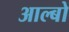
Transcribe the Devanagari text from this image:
आल्बो